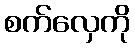
စက်လှေကို